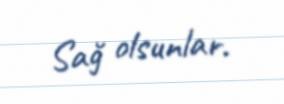
Sağ olsunlar.